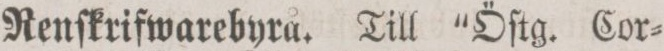
Renſkrifwarebyra. Till “Öſtg. Cor=